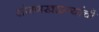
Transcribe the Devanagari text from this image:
रांजणखळग्यांची